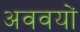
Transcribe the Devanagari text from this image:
अववयों